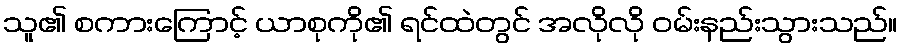
သူ၏ စကားကြောင့် ယာစုကို၏ ရင်ထဲတွင် အလိုလို ဝမ်းနည်းသွားသည်။